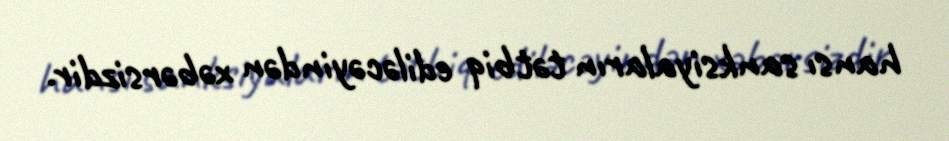
hansı sanksiyaların tətbiq ediləcəyindən xəbərsizdir.